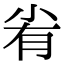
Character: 𡭮